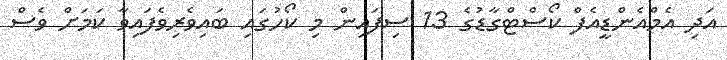
އަދި އެމްއެންޑީއެފް ކޯސްޓްގާޑުގެ 13 ސިފައިން މި ކޯހުގައި ބައިވެރިވެފައިވާ ކަަމަށް ވެސް